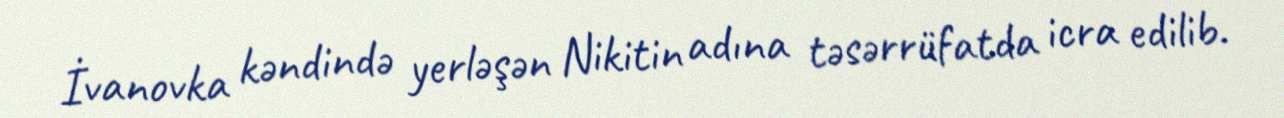
İvanovka kəndində yerləşən Nikitin adına təsərrüfatda icra edilib.